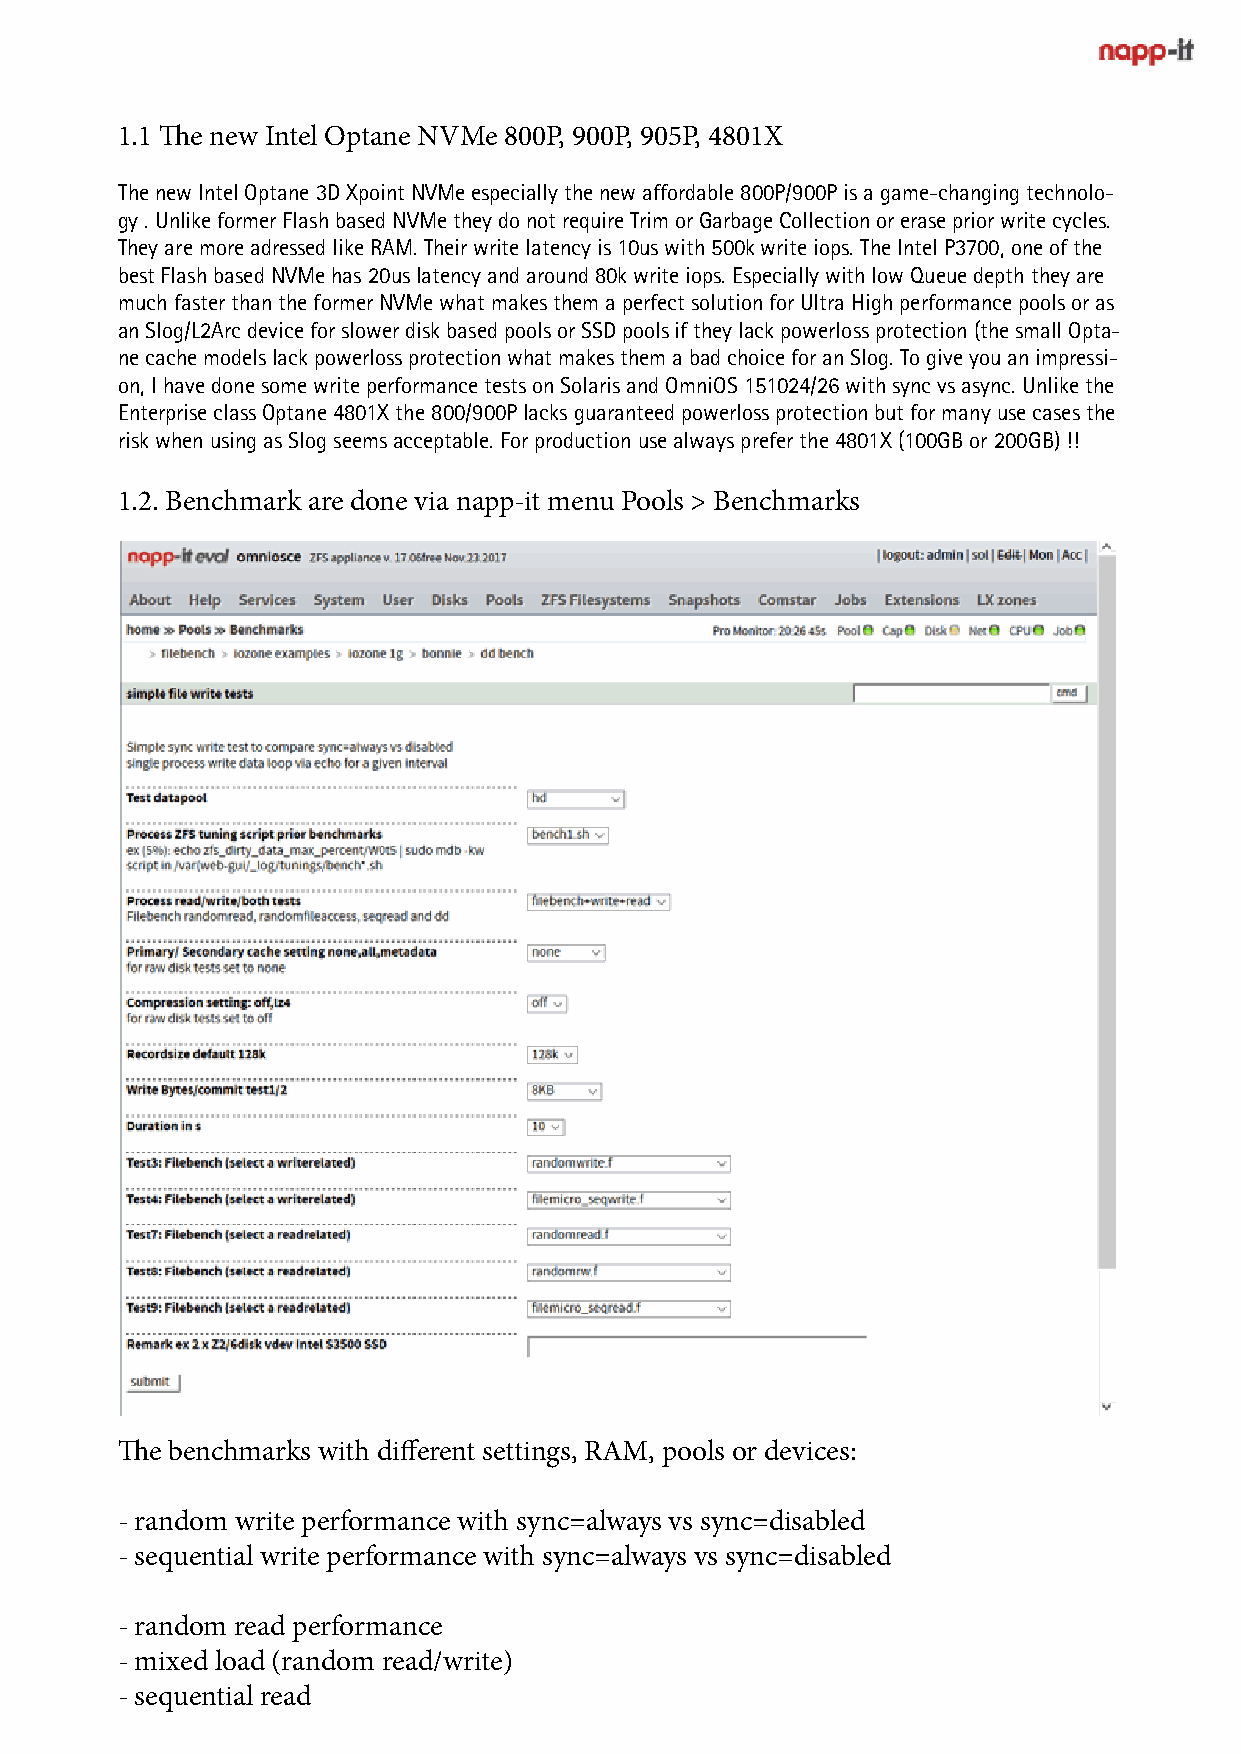
1.1 The new Intel Optane NVMe 800P, 900P, 905P, 4801X
 The new Intel Optane 3D Xpoint NVMe especially the new affordable 800P/900P is a game-changing technolo-
 gy . Unlike former Flash based NVMe they do not require Trim or Garbage Collection or erase prior write cycles.
 They are more adressed like RAM. Their write latency is 10us with 500k write iops. The Intel P3700, one of the
 best Flash based NVMe has 20us latency and around 80k write iops. Especially with low Queue depth they are
 much faster than the former NVMe what makes them a perfect solution for Ultra High performance pools or as
 an Slog/L2Arc device for slower disk based pools or SSD pools if they lack powerloss protection (the small Opta-
 ne cache models lack powerloss protection what makes them a bad choice for an Slog. To give you an impressi-
 on, I have done some write performance tests on Solaris and OmniOS 151024/26 with sync vs async. Unlike the
 Enterprise class Optane 4801X the 800/900P lacks guaranteed powerloss protection but for many use cases the
 risk when using as Slog seems acceptable. For production use always prefer the 4801X (100GB or 200GB) !!
 1.2. Benchmark are done via napp-it menu Pools > Benchmarks
 The benchmarks with different settings, RAM, pools or devices:
 - random write performance with sync=always vs sync=disabled
 - sequential write performance with sync=always vs sync=disabled
 - random read performance
 - mixed load (random read/write)
 - sequential read